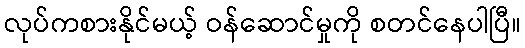
လုပ်ကစားနိုင်မယ့် ဝန်ဆောင်မှုကို စတင်နေပါပြီ။